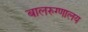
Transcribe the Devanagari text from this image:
बालरुग्णालय